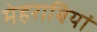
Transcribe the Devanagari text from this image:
मेहराबियां